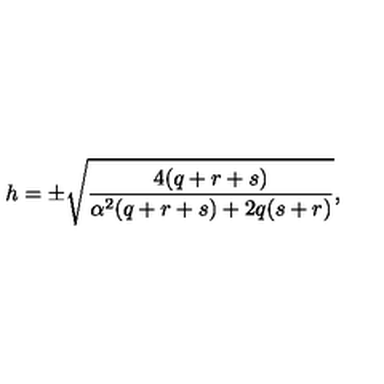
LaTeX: h = \pm \sqrt { \frac { 4 ( q + r + s ) } { \alpha ^ { 2 } ( q + r + s ) + 2 q ( s + r ) } } ,